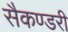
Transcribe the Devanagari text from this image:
सैकण्‍डरी